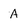
Character: A